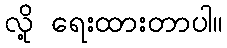
လို့ ရေးထားတာပါ။